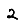
Digit: 2